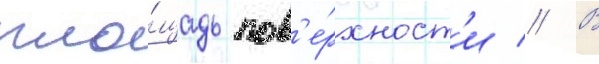
пло́щадь пов'е́рхност'и // В